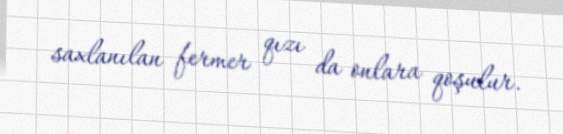
saxlanılan fermer qızı da onlara qoşulur.